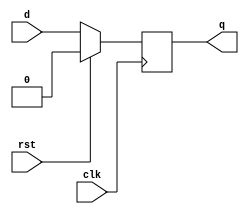

module syn_asyn_dff (
input clk,rst,d,
output reg q);

//synchronous dff
always@(posedge clk)
begin
if(rst==1'b1)  q<=1'b0;
else   q<=d;
end
/*
//asynchronous dff
always@(posedge clk or posedge rst)
begin
if(rst==1'b1)  q<=1'b0;
else    q<=d;
end 
*/
endmodule